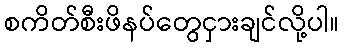
စကိတ်စီးဖိနပ်တွေငှားချင်လို့ပါ။